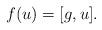
LaTeX: \begin{align*}f(u) = [g,u].\end{align*}